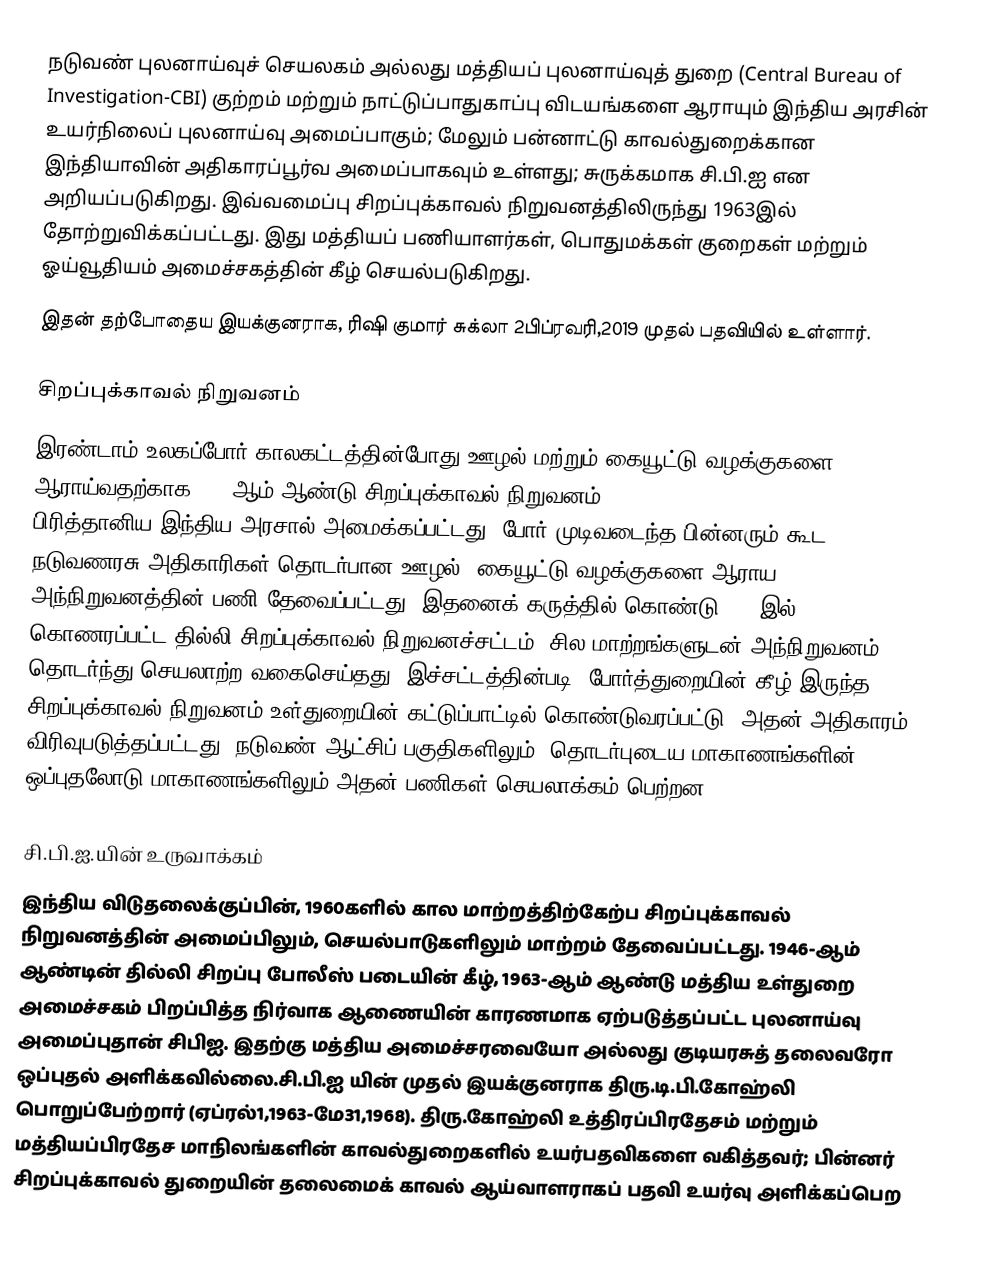
நடுவண் புலனாய்வுச் செயலகம் அல்லது மத்தியப் புலனாய்வுத் துறை (Central Bureau of Investigation-CBI) குற்றம் மற்றும் நாட்டுப்பாதுகாப்பு விடயங்களை ஆராயும் இந்திய அரசின் உயர்நிலைப் புலனாய்வு அமைப்பாகும்; மேலும் பன்னாட்டு காவல்துறைக்கான இந்தியாவின் அதிகாரப்பூர்வ அமைப்பாகவும் உள்ளது; சுருக்கமாக சி.பி.ஐ என அறியப்படுகிறது. இவ்வமைப்பு சிறப்புக்காவல் நிறுவனத்திலிருந்து 1963இல் தோற்றுவிக்கப்பட்டது. இது மத்தியப் பணியாளர்கள், பொதுமக்கள் குறைகள் மற்றும் ஓய்வூதியம் அமைச்சகத்தின் கீழ் செயல்படுகிறது.
இதன் தற்போதைய இயக்குனராக, ரிஷி குமார் சுக்லா 2பிப்ரவரி,2019 முதல் பதவியில் உள்ளார்.

சிறப்புக்காவல் நிறுவனம்
இரண்டாம் உலகப்போர் காலகட்டத்தின்போது ஊழல் மற்றும் கையூட்டு வழக்குகளை ஆராய்வதற்காக 1941ஆம் ஆண்டு சிறப்புக்காவல் நிறுவனம் (Special Police Establishment-SPE) பிரித்தானிய இந்திய அரசால் அமைக்கப்பட்டது. போர் முடிவடைந்த பின்னரும் கூட நடுவணரசு அதிகாரிகள் தொடர்பான ஊழல், கையூட்டு வழக்குகளை ஆராய அந்நிறுவனத்தின் பணி தேவைப்பட்டது. இதனைக் கருத்தில் கொண்டு 1946இல் கொணரப்பட்ட தில்லி சிறப்புக்காவல் நிறுவனச்சட்டம், சில மாற்றங்களுடன் அந்நிறுவனம் தொடர்ந்து செயலாற்ற வகைசெய்தது. இச்சட்டத்தின்படி, போர்த்துறையின் கீழ் இருந்த சிறப்புக்காவல் நிறுவனம் உள்துறையின் கட்டுப்பாட்டில் கொண்டுவரப்பட்டு, அதன் அதிகாரம் விரிவுபடுத்தப்பட்டது. நடுவண் ஆட்சிப் பகுதிகளிலும், தொடர்புடைய மாகாணங்களின் ஒப்புதலோடு மாகாணங்களிலும் அதன் பணிகள் செயலாக்கம் பெற்றன.

சி.பி.ஐ.யின் உருவாக்கம்
இந்திய விடுதலைக்குப்பின், 1960களில் கால மாற்றத்திற்கேற்ப சிறப்புக்காவல் நிறுவனத்தின் அமைப்பிலும், செயல்பாடுகளிலும் மாற்றம் தேவைப்பட்டது. 1946-ஆம் ஆண்டின் தில்லி சிறப்பு போலீஸ் படையின் கீழ், 1963-ஆம் ஆண்டு மத்திய உள்துறை அமைச்சகம் பிறப்பித்த நிர்வாக ஆணையின் காரணமாக ஏற்படுத்தப்பட்ட புலனாய்வு அமைப்புதான் சிபிஐ. இதற்கு மத்திய அமைச்சரவையோ அல்லது குடியரசுத் தலைவரோ ஒப்புதல் அளிக்கவில்லை.சி.பி.ஐ யின் முதல் இயக்குனராக திரு.டி.பி.கோஹ்லி பொறுப்பேற்றார் (ஏப்ரல்1,1963-மே31,1968). திரு.கோஹ்லி உத்திரப்பிரதேசம் மற்றும் மத்தியப்பிரதேச மாநிலங்களின் காவல்துறைகளில் உயர்பதவிகளை வகித்தவர்; பின்னர் சிறப்புக்காவல் துறையின் தலைமைக் காவல் ஆய்வாளராகப் பதவி உயர்வு அளிக்கப்பெற